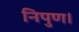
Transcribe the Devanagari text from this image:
निपुण।